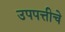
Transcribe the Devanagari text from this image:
उपपत्तीचे